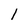
Character: 1